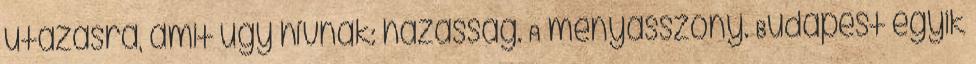
utazásra, amit úgy hívnak: házasság. A menyasszony. Budapest egyik